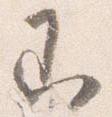
即